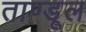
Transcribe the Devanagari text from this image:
ताण्डूल